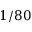
1 / 8 0